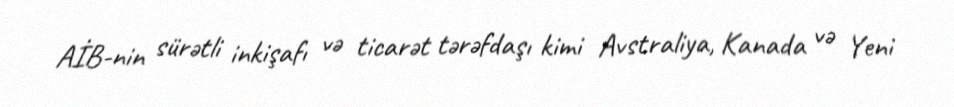
AİB-nin sürətli inkişafı və ticarət tərəfdaşı kimi Avstraliya, Kanada və Yeni